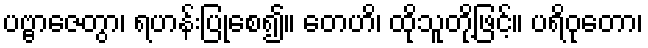
ပဗ္ဗာဇေတွာ၊ ရဟန်းပြုစေ၍။ တေဟိ၊ ထိုသူတို့ဖြင့်။ ပရိဝုတော၊